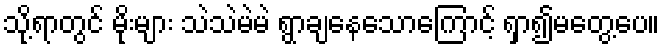
သို့ရာတွင် မိုးများ သဲသဲမဲမဲ ရွာချနေသောကြောင့် ရှာ၍မတွေ့ပေ။